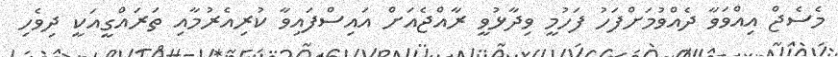
މެސެޖް އިއްވަވާ ދެއްވުމަށްފަހު ފަހުމީ ވިދާޅުވީ ރާއްޖެއަށް އައިސްފައިވާ ކުރިއެރުމާއި ތަރައްގީއަކީ ދިވެހި